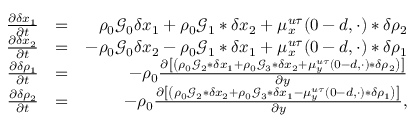
\begin{array} { r l r } { \frac { \partial \delta x _ { 1 } } { \partial t } } & { = } & { \rho _ { 0 } \mathcal { G } _ { 0 } \delta x _ { 1 } + \rho _ { 0 } \mathcal { G } _ { 1 } * \delta x _ { 2 } + \mu _ { x } ^ { u \tau } ( 0 - d , \cdot ) * \delta \rho _ { 2 } } \\ { \frac { \partial \delta x _ { 2 } } { \partial t } } & { = } & { - \rho _ { 0 } \mathcal { G } _ { 0 } \delta x _ { 2 } - \rho _ { 0 } \mathcal { G } _ { 1 } * \delta x _ { 1 } + \mu _ { x } ^ { u \tau } ( 0 - d , \cdot ) * \delta \rho _ { 1 } } \\ { \frac { \partial \delta \rho _ { 1 } } { \partial t } } & { = } & { - \rho _ { 0 } \frac { \partial \left[ \left( \rho _ { 0 } \mathcal { G } _ { 2 } * \delta x _ { 1 } + \rho _ { 0 } \mathcal { G } _ { 3 } * \delta x _ { 2 } + \mu _ { y } ^ { u \tau } ( 0 - d , \cdot ) * \delta \rho _ { 2 } \right) \right] } { \partial y } } \\ { \frac { \partial \delta \rho _ { 2 } } { \partial t } } & { = } & { - \rho _ { 0 } \frac { \partial \left[ \left( \rho _ { 0 } \mathcal { G } _ { 2 } * \delta x _ { 2 } + \rho _ { 0 } \mathcal { G } _ { 3 } * \delta x _ { 1 } - \mu _ { y } ^ { u \tau } ( 0 - d , \cdot ) * \delta \rho _ { 1 } \right) \right] } { \partial y } , } \end{array}